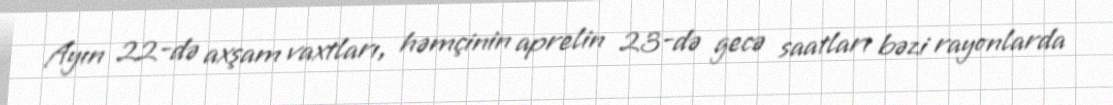
Ayın 22-də axşam vaxtları, həmçinin aprelin 23-də gecə saatları bəzi rayonlarda